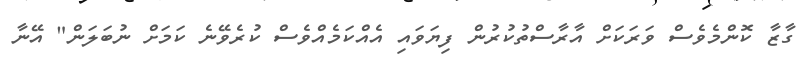
ގާޒާ ކޮންމެވެސް ވަރަކަށް އާރާސްތުކުރުން ފިޔަވައި އެއްކަމެއްވެސް ކުރެވޭނެ ކަމަށް ނުބަލަން" އޭނާ